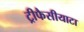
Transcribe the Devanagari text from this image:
ट्रीफैसीयाटा